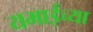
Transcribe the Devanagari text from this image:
यमाईच्या